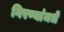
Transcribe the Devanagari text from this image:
गिरण्यांमधे